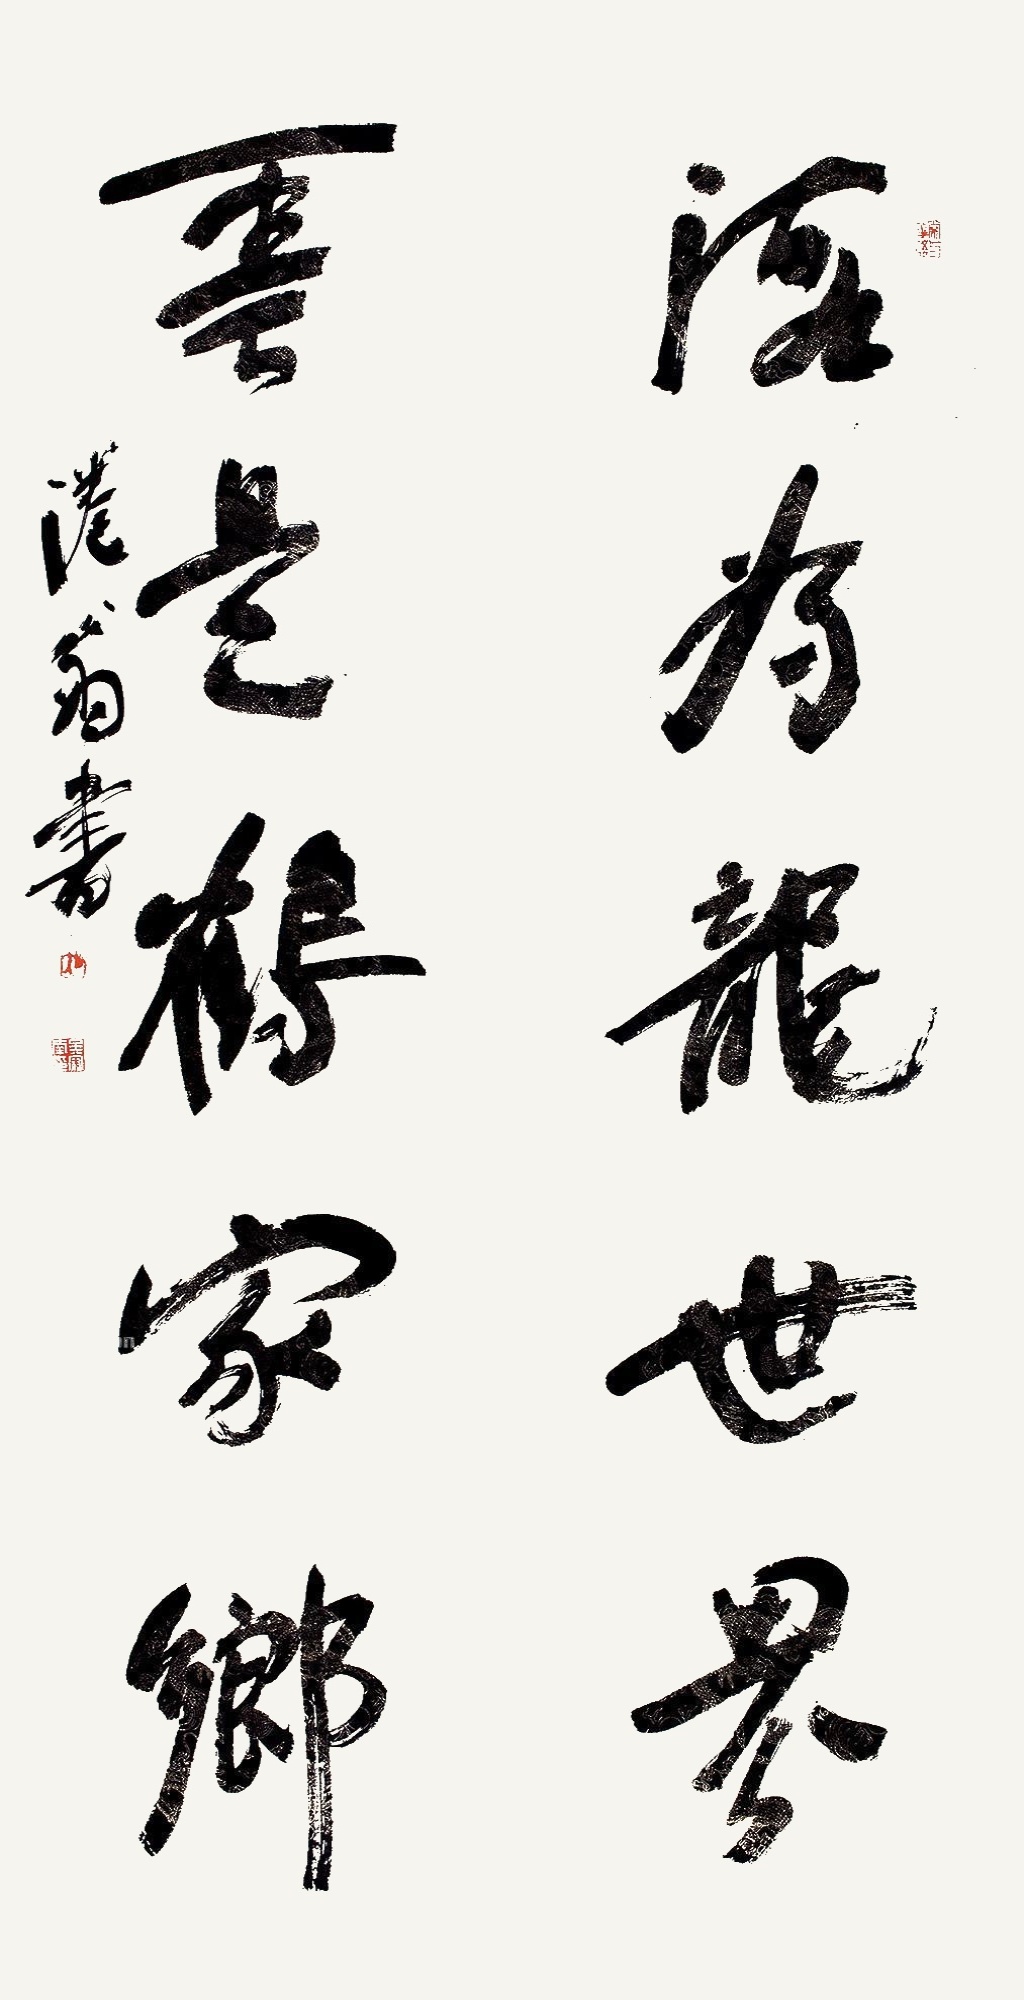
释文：海为龙世界，云是鹤家乡。倦翁书。